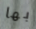
بها